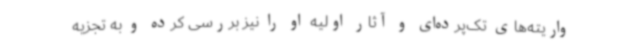
واریته‌های تک‌پرده‌ای و آثار اولیه او را نیز بررسی کرده و به تجزیه